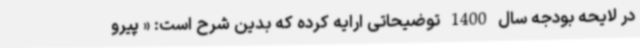
در لایحه بودجه سال 1400 توضیحاتی ارایه کرده که بدین شرح است: « پیرو